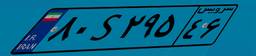
۲۸S۵۹۸۰۷